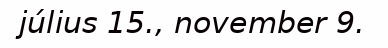
július 15., november 9.